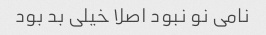
نامی نو نبود اصلا خیلی بد بود